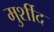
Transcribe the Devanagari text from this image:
मुर्शीद